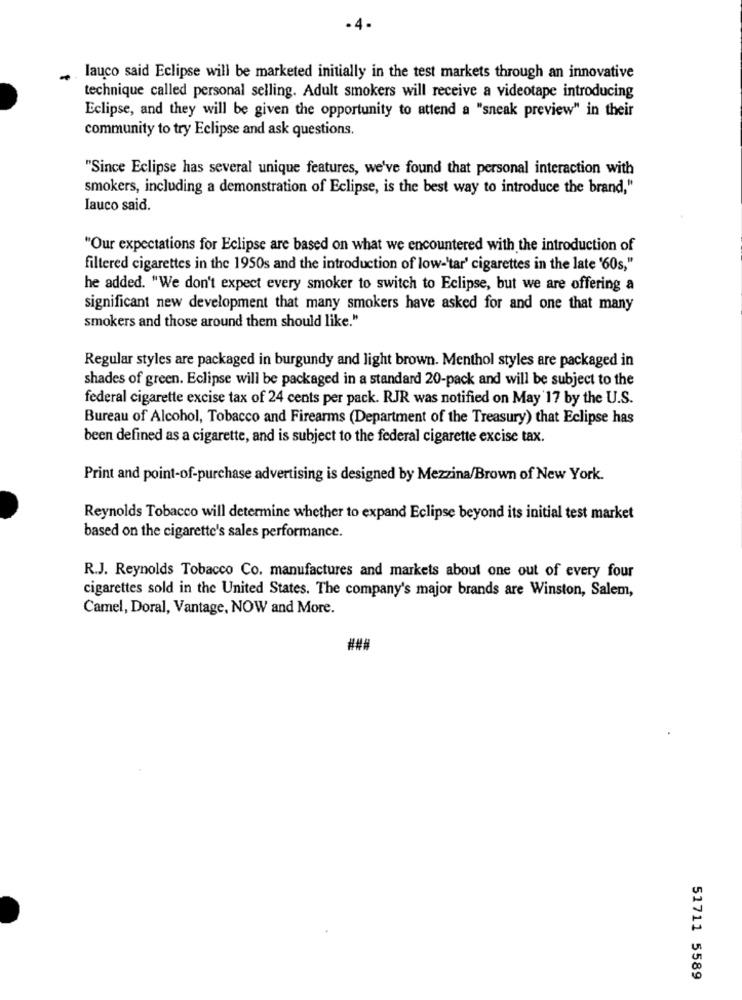
. 4.
lauco said Eclipse will be marketed initially in the test markets through an innovative
technique called personal selling. Adult smokers will receive a videotape introducing
Eclipse, and they will be given the opportunity to attend a "sneak preview" in their
community to try Eclipse and ask questions.
"Since Eclipse has several unique features, we've found that personal interaction with
smokers, including a demonstration of Eclipse, is the best way to introduce the brand,"
Iauco said.
"Our expectations for Eclipse are based on what we encountered with the introduction of
filtered cigarettes in the 1950s and the introduction of low-'tar' cigarettes in the late '60s,"
he added. "We don't expect every smoker to switch to Eclipse, but we are offering a
significant new development that many smokers have asked for and one that many
smokers and those around them should like."
Regular styles are packaged in burgundy and light brown. Menthol styles are packaged in
shades of green. Eclipse will be packaged in a standard 20-pack and will be subject to the
federal cigarette excise tax of 24 cents per pack. RJR was notified on May 17 by the U.S.
Bureau of Alcohol, Tobacco and Firearms (Department of the Treasury) that Eclipse has
been defined as a cigarette, and is subject to the federal cigarette excise tax.
Print and point-of-purchase advertising is designed by Mezzina/Brown of New York.
Reynolds Tobacco will determine whether to expand Eclipse beyond its initial test market
based on the cigarette's sales performance.
R.J. Reynolds Tobacco Co. manufactures and markets about one out of every four
cigarettes sold in the United States. The company's major brands are Winston, Salem,
Camel, Doral, Vantage, NOW and More.
51711 5589